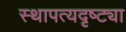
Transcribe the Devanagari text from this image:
स्थापत्यदृष्ट्या